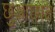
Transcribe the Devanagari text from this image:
छुआछात